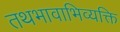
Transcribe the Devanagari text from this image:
तथभावाभिव्यक्ति